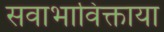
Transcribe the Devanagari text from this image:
सवाभाविक्ताया